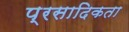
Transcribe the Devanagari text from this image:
प्रसादिकता